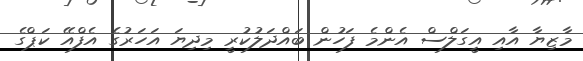
މާޒިޔާ އާއި އީގަލްސް އެންމެ ފަހުން ބައްދަލުކުރީ މިދިޔަ އަހަރުގެ އެފްއޭ ކަޕްގެ